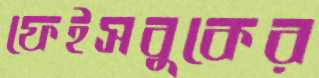
ফেইসবুকের